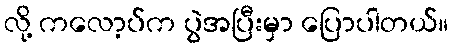
လို့ ကလော့ပ်က ပွဲအပြီးမှာ ပြောပါတယ်။